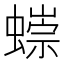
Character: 𧐿